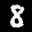
Label: 8